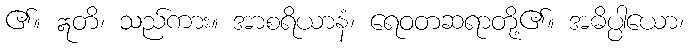
၏။ ဣတိ၊ သည်ကား။ အာစရိယာနံ၊ ရေဝတဆရာတို့၏။ အဓိပ္ပါယော၊